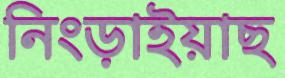
নিংড়াইয়াছ